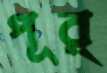
পূর্